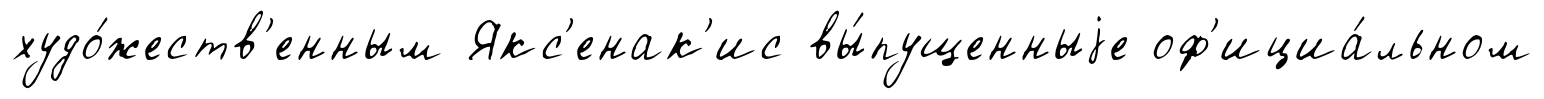
худо́жеств'енным Якс'енак'ис вы́пущенныjе оф'ициа́льном